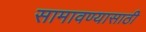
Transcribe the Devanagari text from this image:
सामावण्यासाठी